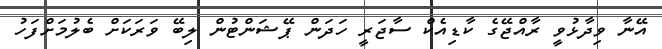
އޭނާ ވިދާޅުވީ ރާއްޖޭގެ ކާޑިއެކް ސާޖަރީ ހަދަން ޕޭޝަންޓުން ލިބޭ ވަރަކަށް ބެލުމަށްފަހު